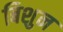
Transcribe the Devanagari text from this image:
बिशुन